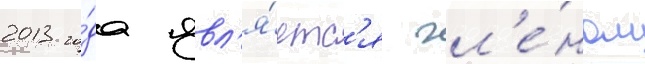
2013 го́да явл'я́етс'я чл'е́ном